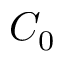
C _ { 0 }